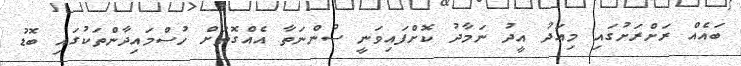
ބައެއް ރަށްރަށުގައި މިއަދު އީދު ނަމާދު ކޮށްފައިވަނީ ސުންނަތާ އެއްގޮތަށް ހުސްމައިދާންތަކުގައި ބޮޑު